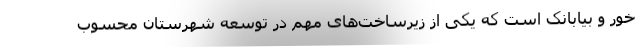
خور و بیابانک است که یکی از زیرساخت‌های مهم در توسعه شهرستان محسوب